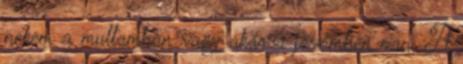
nekem a multamban vagy akár a jövőmben van. A